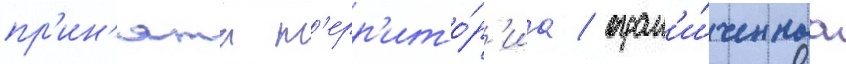
пр'ин'ята т'ерр'ито́р'иа / огран'и́ченнаа